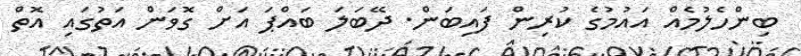
ބިންހެލުމެއް އައުމުގެ ކުރިން ފައިބަން. ދޭބަލަ ބައްޕަ އަށް ގޮވަން އަތުގައި އޮތް